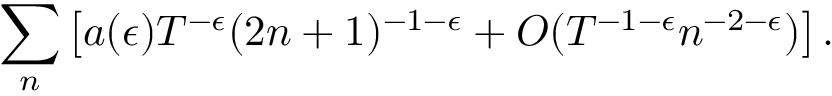
\sum _ { n } \left[ a ( \epsilon ) T ^ { - \epsilon } ( 2 n + 1 ) ^ { - 1 - \epsilon } + O ( T ^ { - 1 - \epsilon } n ^ { - 2 - \epsilon } ) \right] .